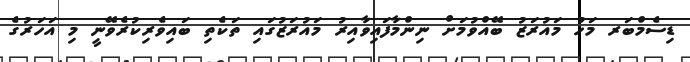
ޑިސެމްބަރ މަހު މައުރަޒު ބޭއްވުމަށް ނިންމާފައިވާއިރު މައުރަޒުގައި ތަކެތި ބައިވެރިކުރެވޭނީ މި އަހަރުގެ